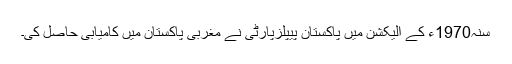
سنہ1970ء کے الیکشن میں پاکستان پیپلزپارٹی نے مغربی پاکستان میں کامیابی حاصل کی۔